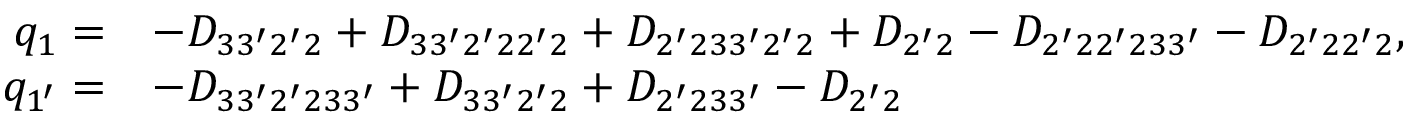
\begin{array} { r l } { { q _ { 1 } } = } & { - { D _ { 3 3 ^ { \prime } 2 ^ { \prime } 2 } } + { D _ { 3 3 ^ { \prime } 2 ^ { \prime } 2 2 ^ { \prime } 2 } } + { D _ { 2 ^ { \prime } 2 3 3 ^ { \prime } 2 ^ { \prime } 2 } } + { D _ { 2 ^ { \prime } 2 } } - { D _ { 2 ^ { \prime } 2 2 ^ { \prime } 2 3 3 ^ { \prime } } } - { D _ { 2 ^ { \prime } 2 2 ^ { \prime } 2 } } , } \\ { { q _ { 1 ^ { \prime } } } = } & { - { D _ { 3 3 ^ { \prime } 2 ^ { \prime } 2 3 3 ^ { \prime } } } + { D _ { 3 3 ^ { \prime } 2 ^ { \prime } 2 } } + { D _ { 2 ^ { \prime } 2 3 3 ^ { \prime } } } - { D _ { 2 ^ { \prime } 2 } } } \end{array}